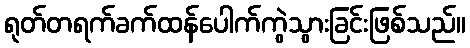
ရုတ်တရက်ခက်ထန်ပေါက်ကွဲသွားခြင်းဖြစ်သည်။